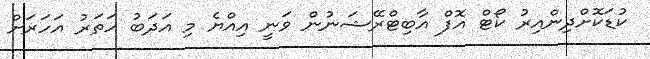
ކުޑަކޮށްދިންއިރު ކޯޓް އޮފް އާބިޓްރޭޝަނުން ވަނީ އިއްޔެ މި އަދަބު ހަތަރު އަހަރަށް